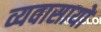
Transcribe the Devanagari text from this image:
व्यवासायों